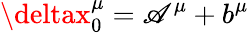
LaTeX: \deltax_{0}^{\mu}=\mathscr{A}^{\mu}+b^{\mu}